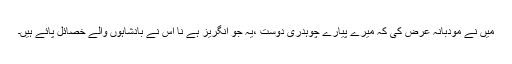
میں نے مودبانہ عرض کی کہ میرے پیارے چوہدری دوست ،یہ جو انگریز ہے نا اس نے بادشاہوں والے خصائل پائے ہیں۔